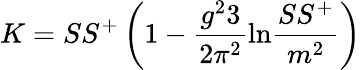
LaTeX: K=SS^{+}\left(1-{\frac{g^{2}3}{2\pi^{2}}}\mathrm{ln}{\frac{SS^{+}}{m^{2}}}\right)